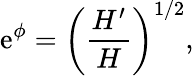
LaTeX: \mathrm{e}^{\phi}=\left(\frac{{H^{\prime}}}{{H}}\right)^{1/2},